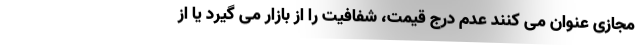
مجازی عنوان می کنند عدم درج قیمت، شفافیت را از بازار می گیرد یا از